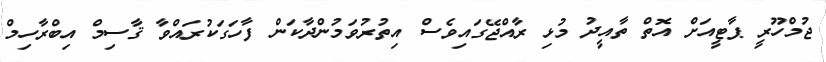
ޖުމްހޫރީ ޕާޓީއަށް އޮތް ތާއީދު މުޅި ރާއްޖޭގައިވެސް އިތުރުވަމުންދާކަން ފާހަގަކުރައްވާ ޤާސިމް އިބްރާހިމް